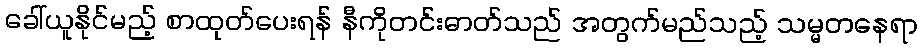
ခေါ်ယူနိုင်မည့် စာထုတ်ပေးရန် နီကိုတင်းဓာတ်သည် အတွက်မည်သည့် သမ္မတနေရာ